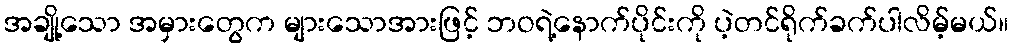
အချို့သော အမှားတွေက များသောအားဖြင့် ဘဝရဲ့နောက်ပိုင်းကို ပဲ့တင်ရိုက်ခက်ပါလိမ့်မယ်။